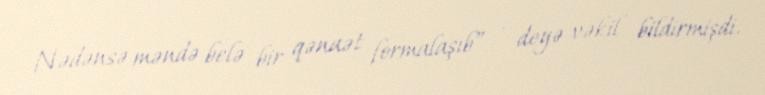
Nədənsə məndə belə bir qənaət formalaşıb” - deyə vəkil bildirmişdi.